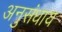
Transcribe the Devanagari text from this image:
अनुसंधाय